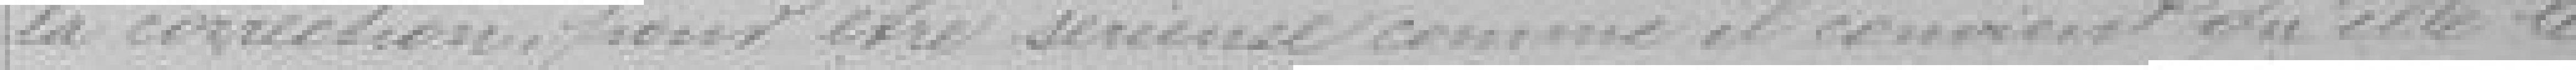
la correction, pour être sérieuse comme il convient qu'elle le